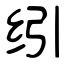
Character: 纼